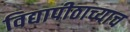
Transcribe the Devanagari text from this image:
विद्यापीठाच्याच